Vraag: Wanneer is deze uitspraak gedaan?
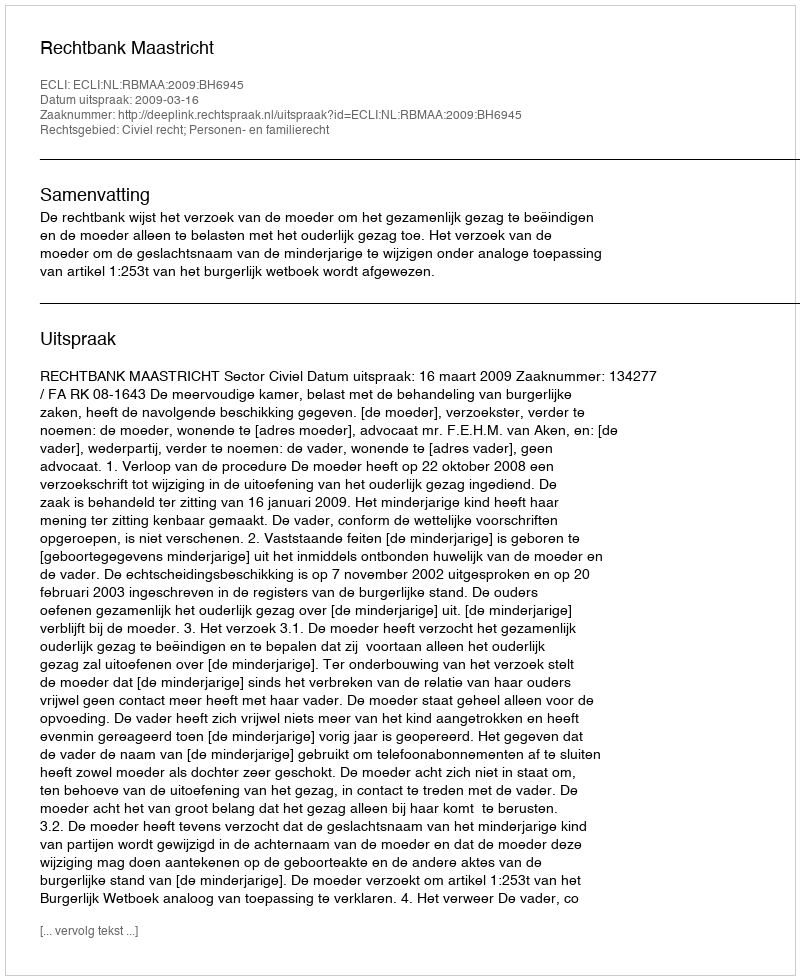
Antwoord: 2009-03-16